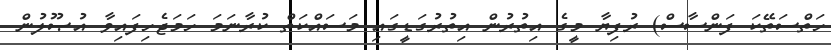
ހަތްސަތޭކަ ފަންސާސް) ރުފިޔާ މީގެ އިތުރުން އިތުރުގަޑީގައި މަސައްކަތް ކުރާނަމަ ހަމަޖެހިފައިވާ އުޞޫލުން